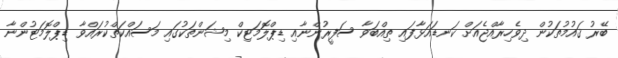
ބޭރު ޤައުމުތަކުން ދިވެހިރާއްޖެއަށް ކަނޑައަޅާފައި ތިއްބަވާ ސަފީރުންނާއި ޑިޕްލޮމަޓިކް މިޝަންތަކުގައި މަސައްކަތްކުރައްވާ ޑިޕްލޮމަޓުންނާ